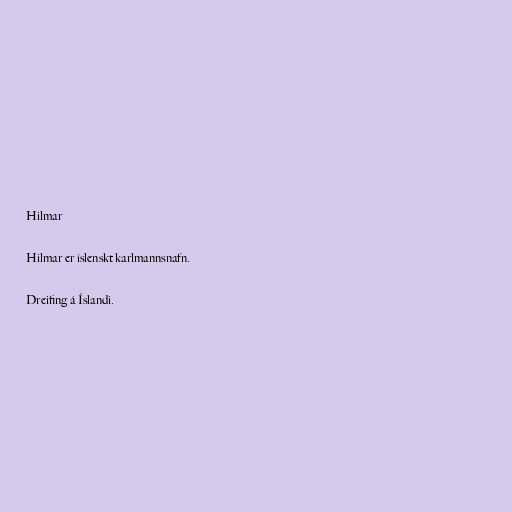
Hilmar

Hilmar er íslenskt karlmannsnafn.

Dreifing á Íslandi.